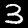
Label: 3